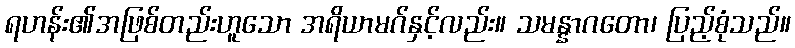
ရဟန်း၏အဖြစ်တည်းဟူသော အရိယာမဂ်နှင့်လည်း။ သမန္နာဂတော၊ ပြည့်စုံသည်။